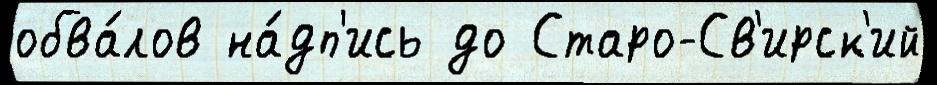
обва́лов на́дп'ись до Старо-Св'ирск'ий